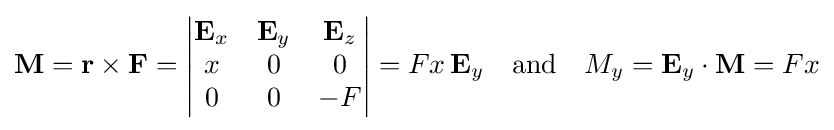
\mathbf {M} =\mathbf {r} \times \mathbf {F} =\left|{\begin{matrix}\mathbf {E} _{x}&\mathbf {E} _{y}&\mathbf {E} _{z}\\x&0&0\\0&0&-F\end{matrix}}\right|=Fx\,\mathbf {E} _{y}\quad {\text{and}}\quad M_{y}=\mathbf {E} _{y}\cdot \mathbf {M} =Fx